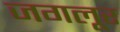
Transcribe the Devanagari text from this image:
जगलूर